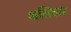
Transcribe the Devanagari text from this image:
शतिला